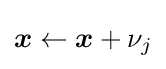
{\boldsymbol {x}}\leftarrow {\boldsymbol {x}}+\nu _{j}